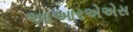
આઆરએએસ